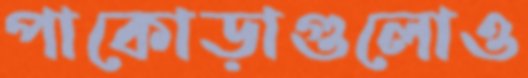
পাকোড়াগুলোও